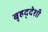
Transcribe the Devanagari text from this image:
बृहद्‌देशी